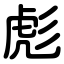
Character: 彪